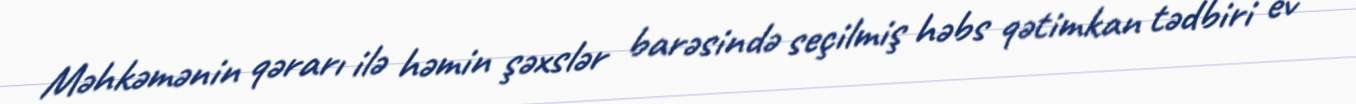
Məhkəmənin qərarı ilə həmin şəxslər barəsində seçilmiş həbs qətimkan tədbiri ev